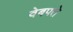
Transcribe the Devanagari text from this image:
वेबपते